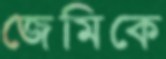
জেমিকে